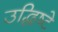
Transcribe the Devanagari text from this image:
उद्धिष्टे